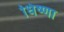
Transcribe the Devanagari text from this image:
धिष्णा